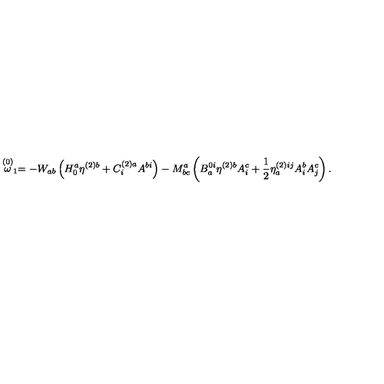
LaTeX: \stackrel { ( 0 ) } { \omega } _ { 1 } = - W _ { a b } \left( H _ { 0 } ^ { a } \eta ^ { ( 2 ) b } + C _ { i } ^ { ( 2 ) a } A ^ { b i } \right) - M _ { b c } ^ { a } \left( B _ { a } ^ { 0 i } \eta ^ { ( 2 ) b } A _ { i } ^ { c } + \frac { 1 } { 2 } \eta _ { a } ^ { ( 2 ) i j } A _ { i } ^ { b } A _ { j } ^ { c } \right) .